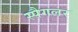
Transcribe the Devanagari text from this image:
स्पैगलर